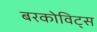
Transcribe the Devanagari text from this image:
बरकोविट्स